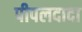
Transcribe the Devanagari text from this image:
पीपलदादा